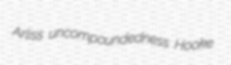
Arliss uncompoundedness Hooke